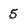
Character: 5